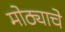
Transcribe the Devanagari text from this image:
मोठ्याचे